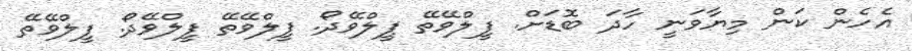
އެހެން ކަން މިޔާވަނީ ހާދަ ބޮޑަށް. ފީލްވޭތޭ ފީލްވޭދޯ. ފީލްވޭތޭ ފީލްވޭދޯ. ފީލްވޭތޭ